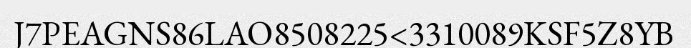
J7PEAGNS86LAO8508225<3310089KSF5Z8YB